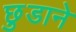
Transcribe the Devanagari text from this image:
छ़ुडाने